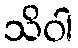
သိဝါ